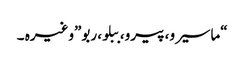
“ماسیرو، پیرو، ببلو، ربو”وغیرہ ۔